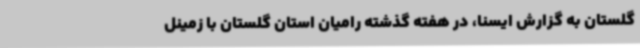
گلستان به گزارش ایسنا، در هفته گذشته رامیان استان گلستان با زمینل